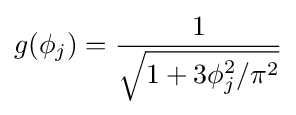
g(\phi _{j})={\frac {1}{\sqrt {1+3\phi _{j}^{2}/\pi ^{2}}}}